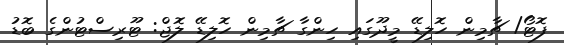
ފޮޓޯ/ ޗާމިން ހޮލިޑޭ މީދޫގައި ހިންގާ ޗާމިން ހޮލިޑޭ ލޮޖް: ޓޫރިސްޓުންގެ ބޮޑު